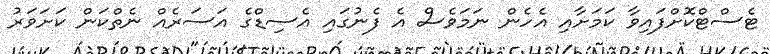
ޓެސްޓްކޮށްފައިވާ ކަމަށާއި އެހެން ނަމަވެސް އެ ފެނުގައި އެސިޑްގެ އަސަރެއް ނެތްކަން ކަށަވަރު